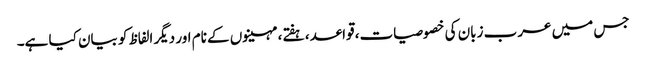
جس میں عرب زبان کی خصوصیات، قواعد، ہفتے، مہینوں کے نام اور دیگر الفاظ کو بیان کیا ہے۔